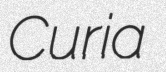
Curia